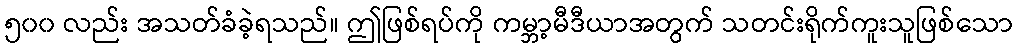
၅၀၀ လည်း အသတ်ခံခဲ့ရသည်။ ဤဖြစ်ရပ်ကို ကမ္ဘာ့မီဒီယာအတွက် သတင်းရိုက်ကူးသူဖြစ်သော